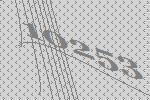
10253